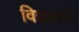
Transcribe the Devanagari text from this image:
विद्याधरो